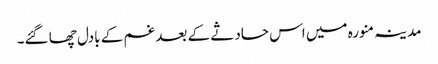
مدینہ منورہ میں اس حادثے کے بعد غم کے بادل چھا گئے۔